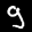
Label: 9